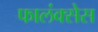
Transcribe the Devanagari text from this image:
फालंक्सेस